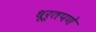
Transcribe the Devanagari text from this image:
धूर्तपणे